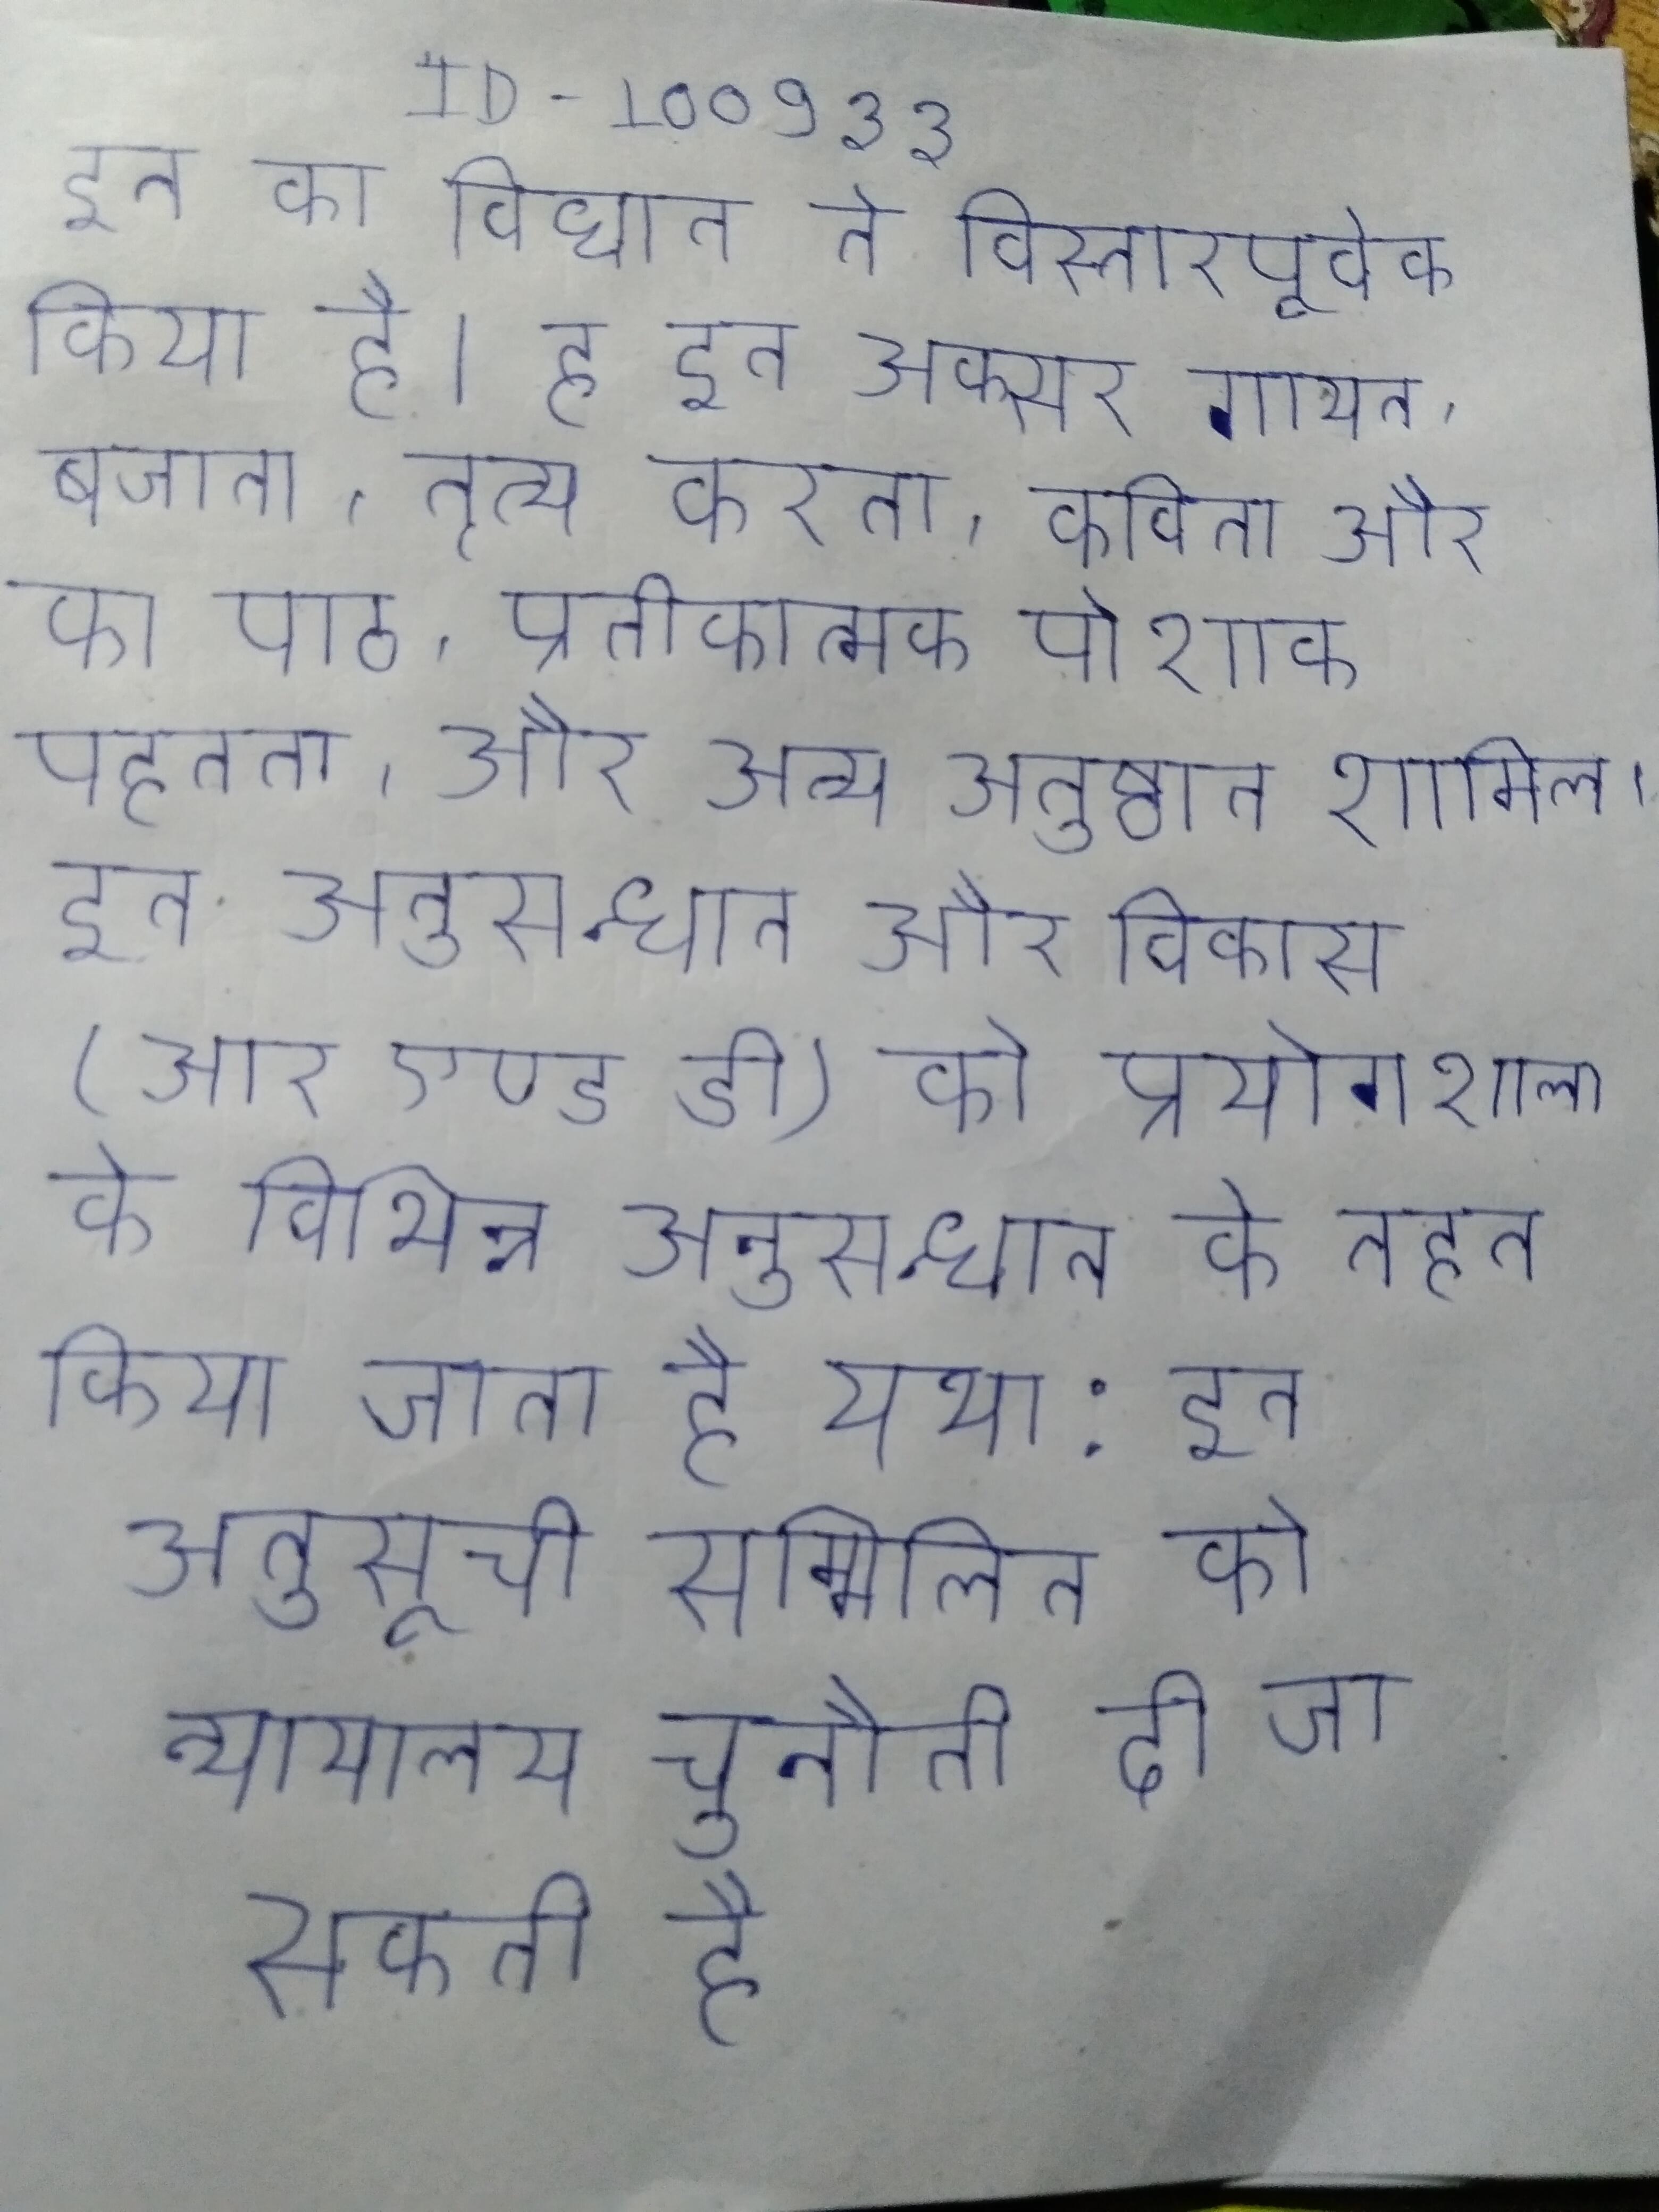
इन का विधान ने विस्तारपूर्वक किया है । इन अक्सर गायन, बजाना, नृत्य करना, कविता और का पाठ, प्रतीकात्मक पोशाक पहनना, और अन्य अनुष्ठान शामिल । इन अनुसन्धान के अनुसन्धान और विकास (आर एण्ड डी) को प्रयोगशाला के विभिन्न अनुसन्धान के तहत किया जाता है यथा: इन अनुसूची सम्मिलित को न्यायालय चुनौती दी जा सकती है .